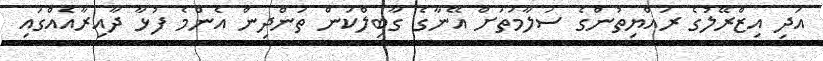
އަދި އިޒްރޭލުގެ ރައްޔިތުންގެ ސަލާމަތަށް އޭނާގެ ގާބިލްކަން ތަންދިން އެންމެ ފުޅާ ދާއިރާއެއްގައި